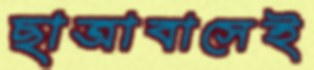
ছাত্রাবাসেই